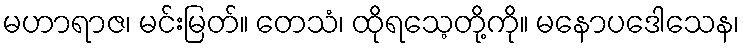
မဟာရာဇ၊ မင်းမြတ်။ တေသံ၊ ထိုရသေ့တို့ကို။ မနောပဒေါသေန၊